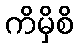
ကိမှိစိ